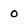
Character: 0